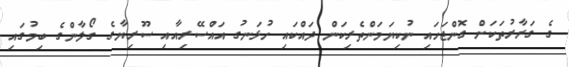
ގެ ގަރާރުތަކަށް ގޮންޖަހައި ނުކިޔަމަންތެރިކަން ދައްކައި ހުޅަނގު އައްސޭރިއާއި ސޫރިޔާގެ ގޯލާންގެ ބިމުގައި